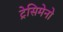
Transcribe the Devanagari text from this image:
ट्रेसिमेनो